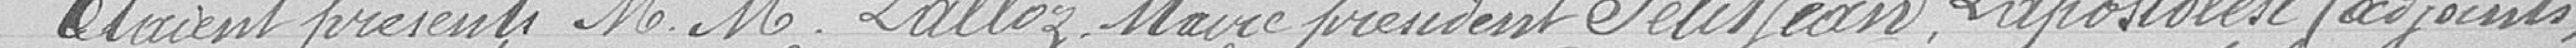
Etaient présents M.M. Lalloz Maire président Petitjean, Lapostolest adjoints,